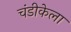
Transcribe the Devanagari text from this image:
चंडीकेला